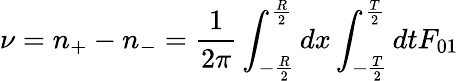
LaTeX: \nu=n_{+}-n_{-}={\frac{1}{2\pi}}\int_{-{\frac{R}{2}}}^{{\frac{R}{2}}}dx\int_{-{\frac{T}{2}}}^{{\frac{T}{2}}}dtF_{01}